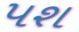
પશ